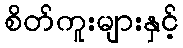
စိတ်ကူးများနှင့်